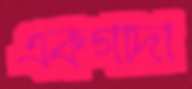
একগাদা